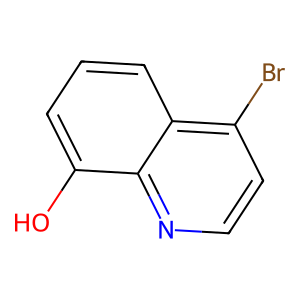
SMILES: Oc1cccc2c(Br)ccnc12
Inhibits HIV replication: No